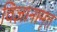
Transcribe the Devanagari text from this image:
विज्ञानामृत